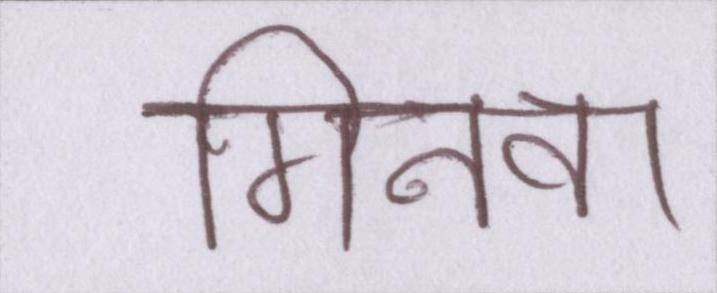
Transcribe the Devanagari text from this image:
गिनवा